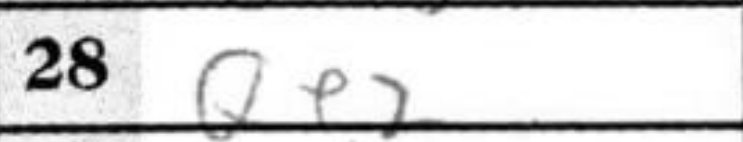
Transcription: Qe2